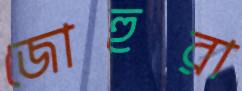
জোহুরা